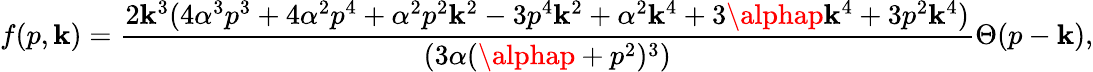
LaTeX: f(p,\mathbf{k})={\frac{{2\mathbf{k}^{3}(4\alpha^{3}p^{3}+4\alpha^{2}p^{4}+\alpha^{2}p^{2}\mathbf{k}^{2}-3p^{4}\mathbf{k}^{2}+\alpha^{2}\mathbf{k}^{4}+3\alphap\mathbf{k}^{4}+3p^{2}\mathbf{k}^{4})}}{{(3\alpha(\alphap+p^{2})^{3})}}}\Theta(p-\mathbf{k}),